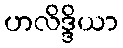
ဟလိဒ္ဒိယာ